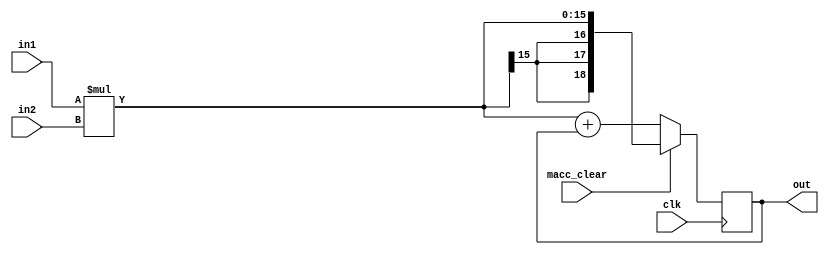
module MAC(
	input signed [7:0] in1,
	input signed [7:0] in2,
	input macc_clear,
	input clk,
	output reg signed [18:0] out = 0);

wire signed [18:0] D;
assign D = (macc_clear == 1'b1) ? in1 * in2 : ((in1 * in2) + out);

always @(posedge clk) begin
	out <= D;
end
endmodule